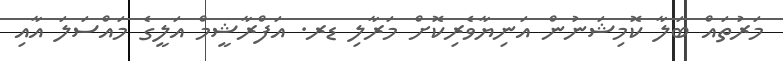
މަރުތައް ބަލާ ކޮމިޝަނުން އަނިޔާވެރިކޮށް މަރާލި ޑރ. އަފްރާޝީމް އަލީގެ މައްސަލަ އާއި